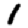
Digit: 1